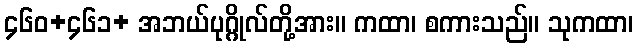
၄၆၀+၄၆၁+ အဘယ်ပုဂ္ဂိုလ်တို့အား။ ကထာ၊ စကားသည်။ သုကထာ၊